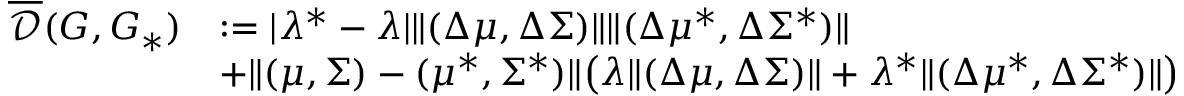
\begin{array} { r l } { \overline { { \mathcal { D } } } ( G , G _ { * } ) } & { : = | \lambda ^ { * } - \lambda | \| ( \Delta \mu , \Delta \Sigma ) \| \| ( \Delta \mu ^ { * } , \Delta \Sigma ^ { * } ) \| } \\ & { + \| ( \mu , \Sigma ) - ( \mu ^ { * } , \Sigma ^ { * } ) \| \big ( \lambda \| ( \Delta \mu , \Delta \Sigma ) \| + \lambda ^ { * } \| ( \Delta \mu ^ { * } , \Delta \Sigma ^ { * } ) \| \big ) } \end{array}